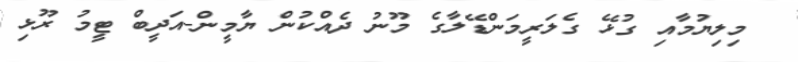
މިލިޔުމާއި ގުޅޭ ގެލަރީމަންޑޭލާގެ މޫނު ދެއްކުން ޔާމީން-އަދީބް ޓީމު ރޫޅި